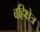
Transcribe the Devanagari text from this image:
बहिक्षेत्र